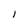
Character: l